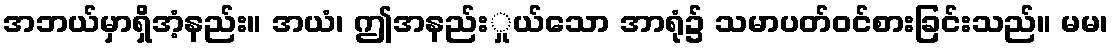
အဘယ်မှာရှိအံ့နည်း။ အယံ၊ ဤအနည်းှုယ်သော အာရုံ၌ သမာပတ်ဝင်စားခြင်းသည်။ မမ၊